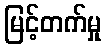
မြင့်တက်မှု